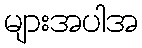
များအပါအ